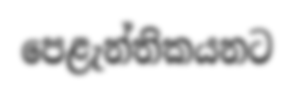
පෙළැන්තිකයනට